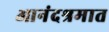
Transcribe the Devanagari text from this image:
आनंदश्रमात